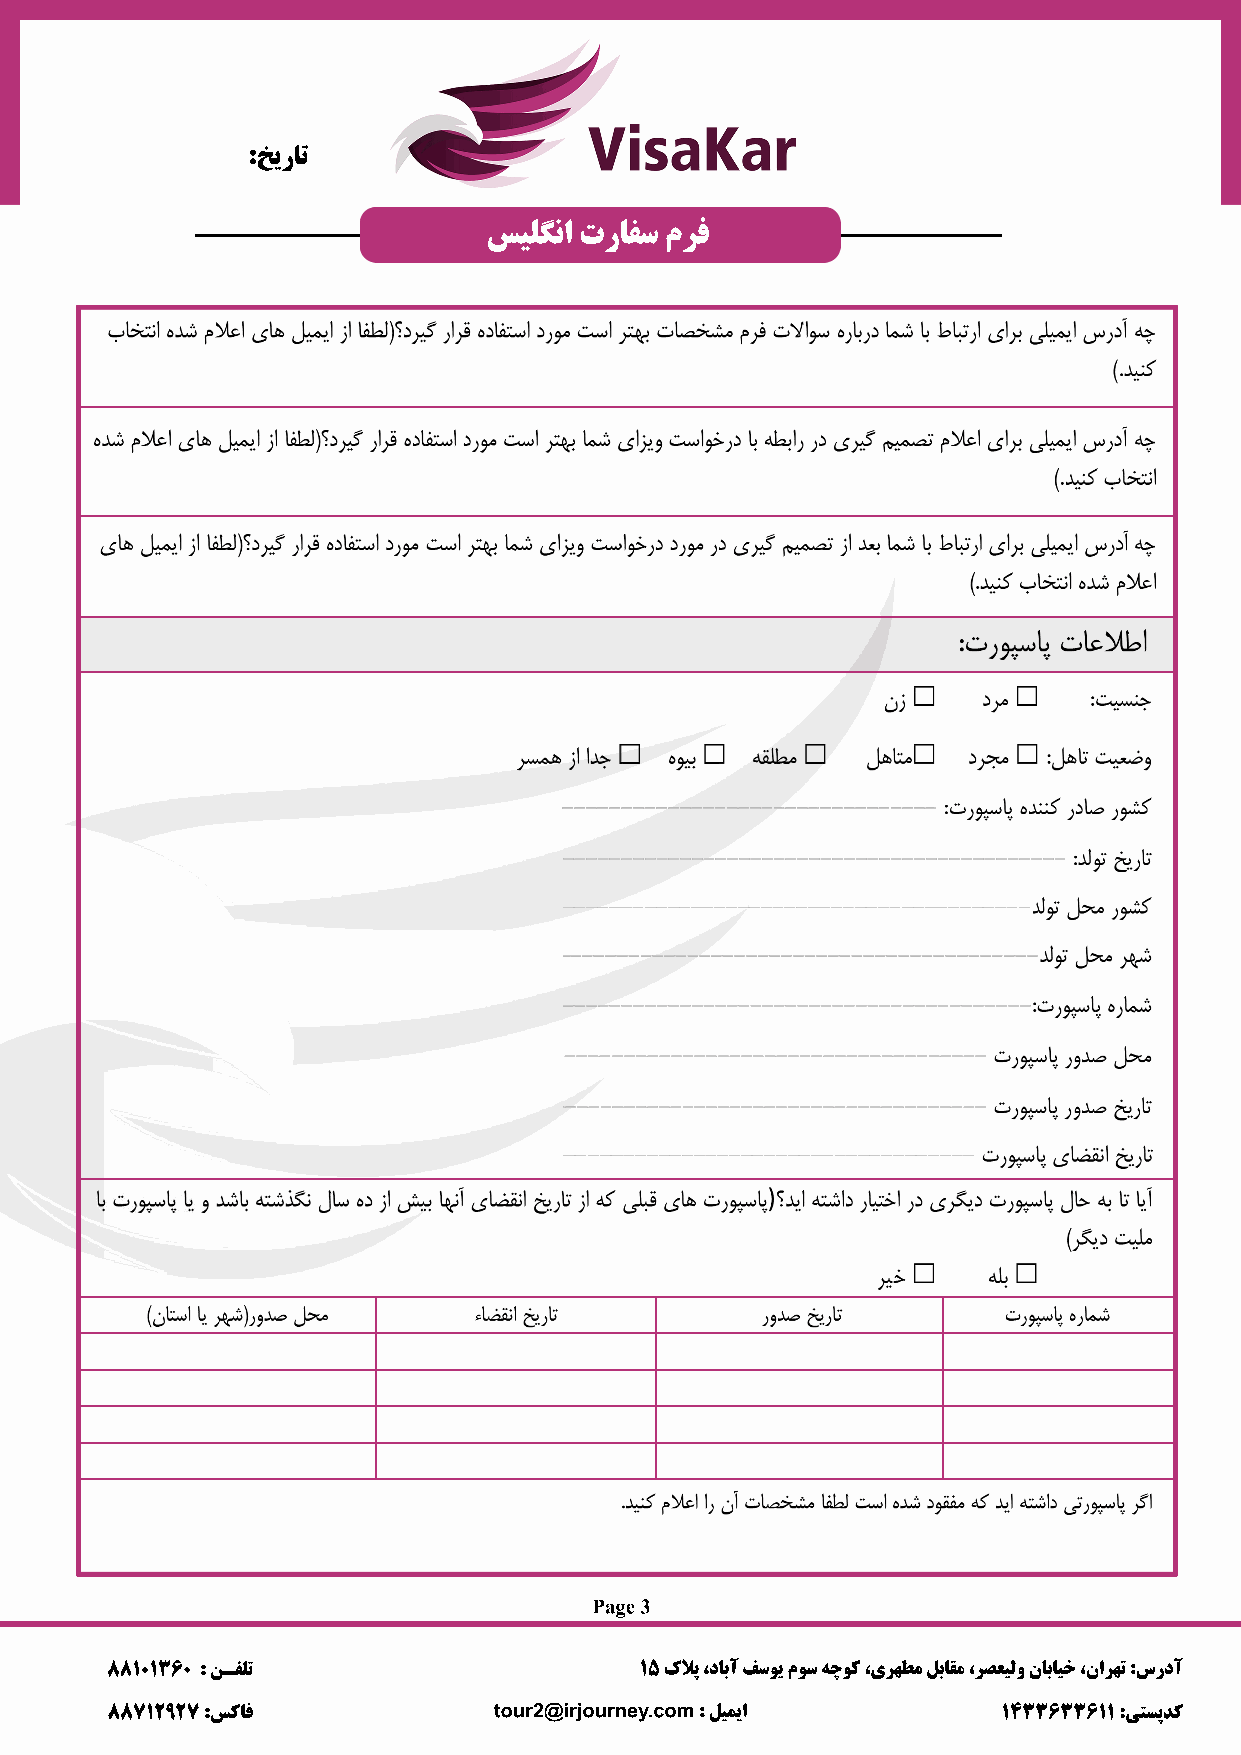
:ﺦﯾرﺎﺗ
 ﺲﯿﻠﮕﻧا ترﺎﻔﺳ مﺮﻓ
 Page 3
 88101360 : ﻦـﻔﻠﺗ                   15 كﻼﭘ ،دﺎﺑآ ﻒﺳﻮﯾ مﻮﺳ ﻪﭼﻮﮐ ،ىﺮﻬﻄﻣ ﻞﺑﺎﻘﻣ ،ﺮﺼﻌﯿﻟو نﺎﺑﺎﯿﺧ ،ناﺮﻬﺗ :سردآ
 88712927 :ﺲﮐﺎﻓ            tour2@irjourney.com : ﻞﯿﻤﯾا      1433633611 :ﻰﺘﺴﭘﺪﮐ